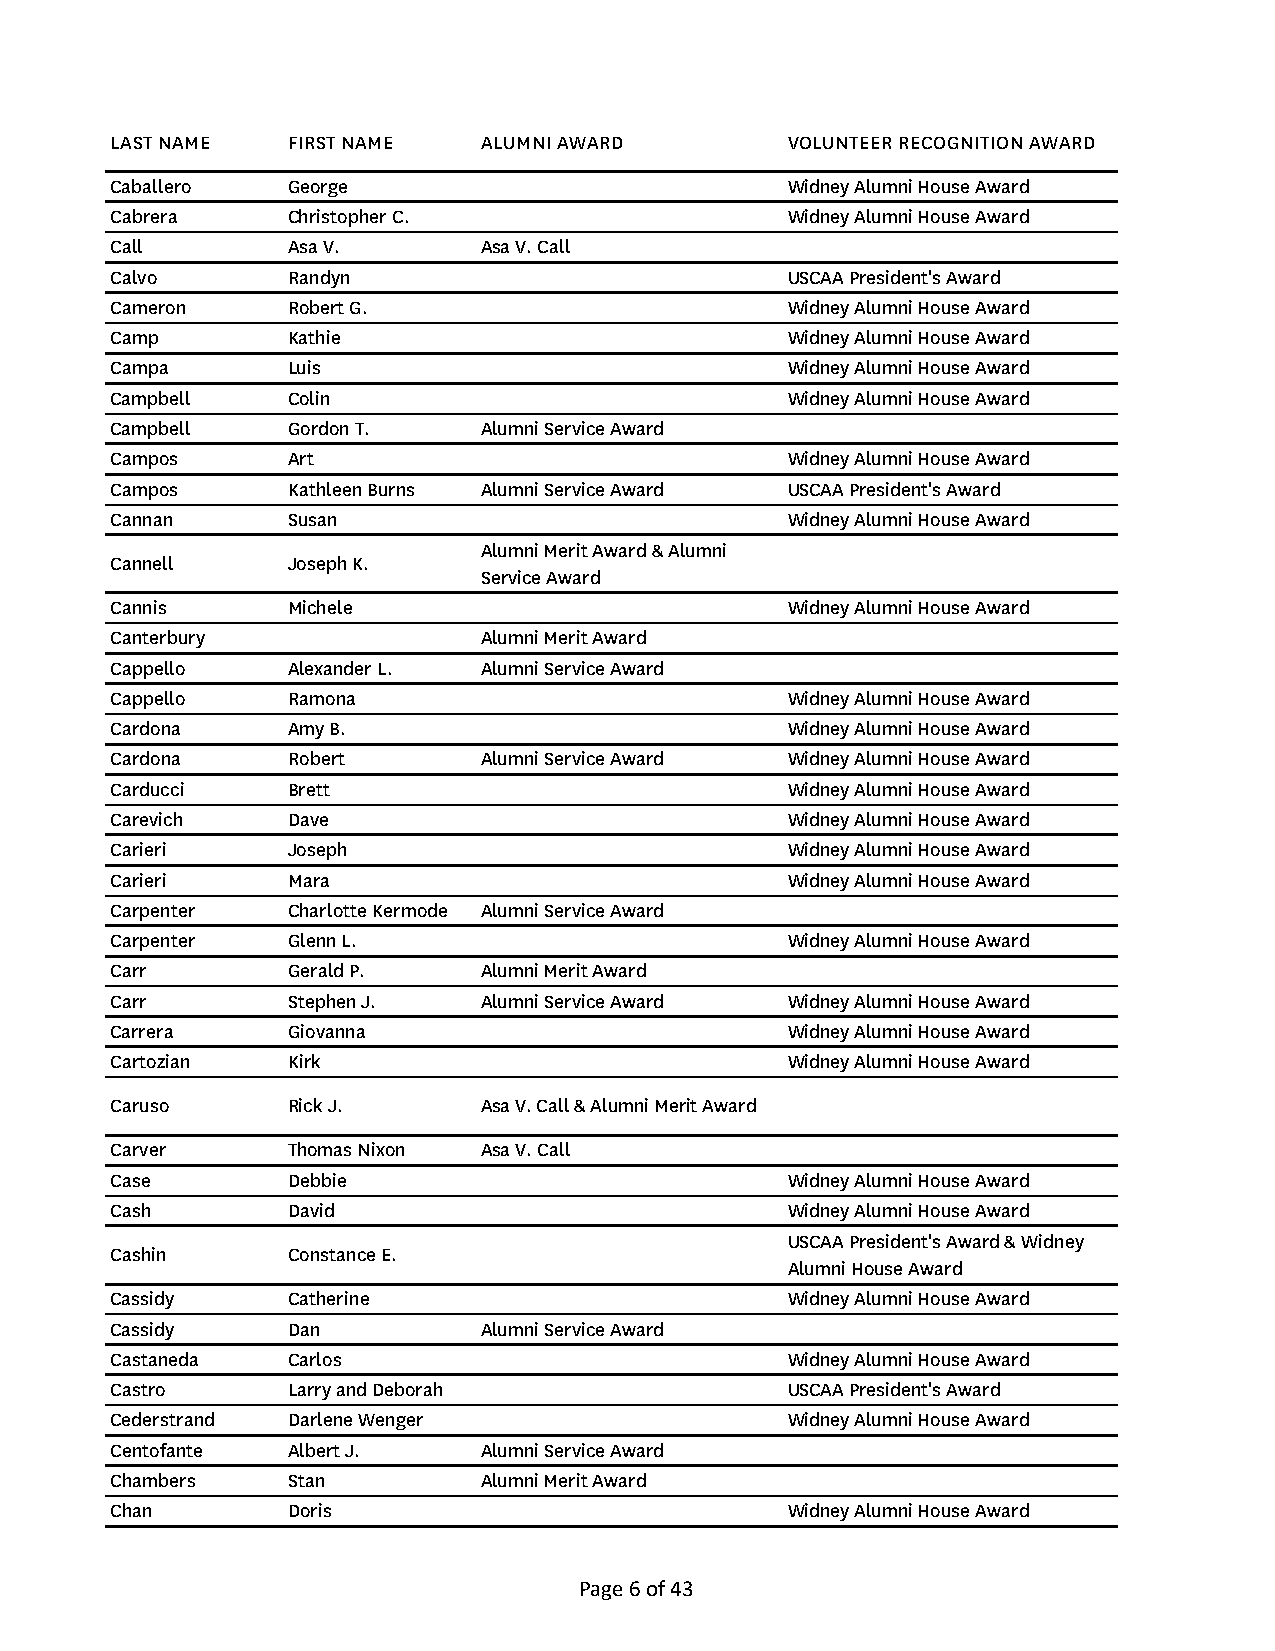
LAST NAME   FIRST NAME   ALUMNI AWARD        VOLUNTEER RECOGNITION AWARD
 Caballero   George                           Widney Alumni House Award
 Cabrera     Christopher C.                   Widney Alumni House Award
 Call        Asa V.       Asa V. Call
 Calvo       Randyn                           USCAA President's Award
 Cameron     Robert G.                        Widney Alumni House Award
 Camp        Kathie                           Widney Alumni House Award
 Campa       Luis                             Widney Alumni House Award
 Campbell    Colin                            Widney Alumni House Award
 Campbell    Gordon T.    Alumni Service Award
 Campos      Art                              Widney Alumni House Award
 Campos      Kathleen Burns Alumni Service Award USCAA President's Award
 Cannan      Susan                            Widney Alumni House Award
 Alumni Merit Award & Alumni
 Cannell     Joseph K.
 Service Award
 Cannis      Michele                          Widney Alumni House Award
 Canterbury               Alumni Merit Award
 Cappello    Alexander L. Alumni Service Award
 Cappello    Ramona                           Widney Alumni House Award
 Cardona     Amy B.                           Widney Alumni House Award
 Cardona     Robert       Alumni Service Award Widney Alumni House Award
 Carducci    Brett                            Widney Alumni House Award
 Carevich    Dave                             Widney Alumni House Award
 Carieri     Joseph                           Widney Alumni House Award
 Carieri     Mara                             Widney Alumni House Award
 Carpenter   Charlotte Kermode Alumni Service Award
 Carpenter   Glenn L.                         Widney Alumni House Award
 Carr        Gerald P.    Alumni Merit Award
 Carr        Stephen J.   Alumni Service Award Widney Alumni House Award
 Carrera     Giovanna                         Widney Alumni House Award
 Cartozian   Kirk                             Widney Alumni House Award
 Caruso      Rick J.      Asa V. Call & Alumni Merit Award
 Carver      Thomas Nixon Asa V. Call
 Case        Debbie                           Widney Alumni House Award
 Cash        David                            Widney Alumni House Award
 USCAA President's Award & Widney
 Cashin      Constance E.
 Alumni House Award
 Cassidy     Catherine                        Widney Alumni House Award
 Cassidy     Dan          Alumni Service Award
 Castaneda   Carlos                           Widney Alumni House Award
 Castro      Larry and Deborah                USCAA President's Award
 Cederstrand Darlene Wenger                   Widney Alumni House Award
 Centofante  Albert J.    Alumni Service Award
 Chambers    Stan         Alumni Merit Award
 Chan        Doris                            Widney Alumni House Award
 Page 6 of 43